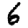
Digit: 6